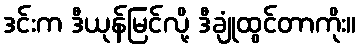
ဒင်းက ဒီယုန်မြင်လို့ ဒီချုံထွင်တာကိုး။